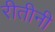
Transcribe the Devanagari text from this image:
रीतीनी